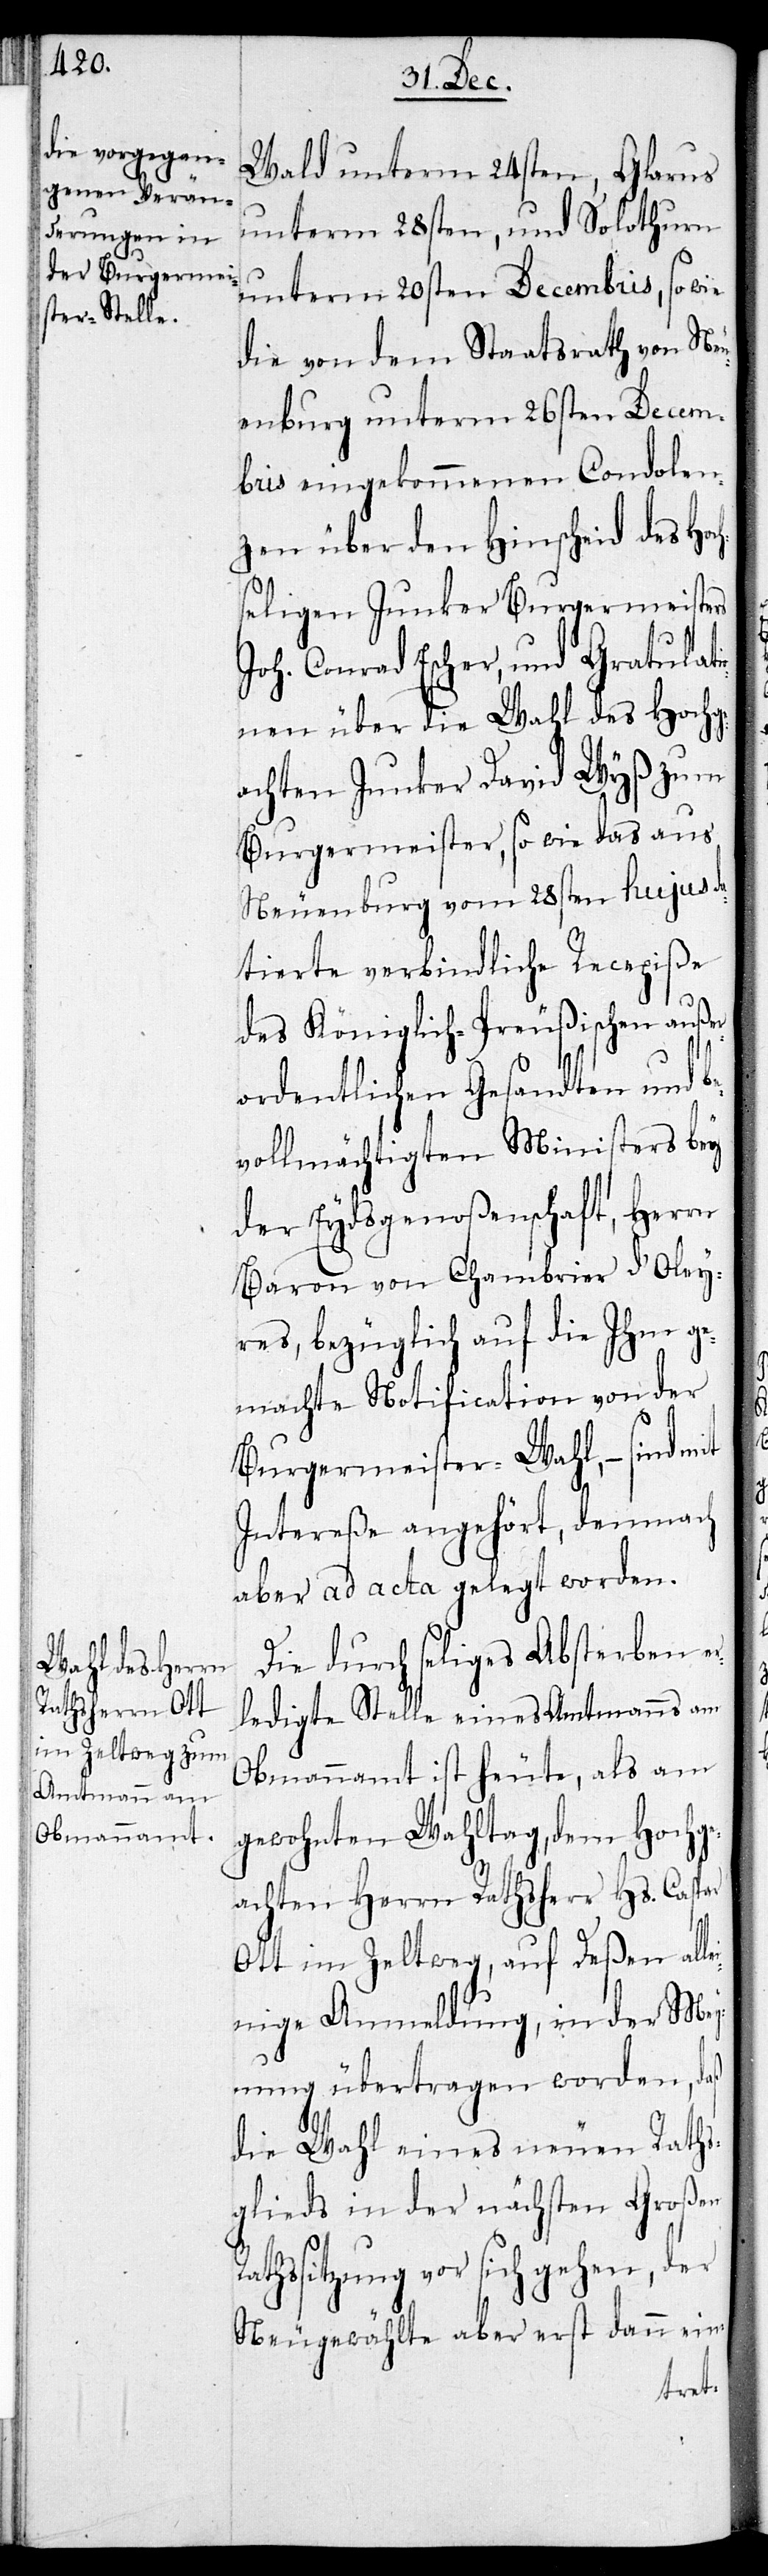
Wald unterm 24sten, Glarus
unterm 28sten, und Solothurn
unterm 20sten Decembris, so wie
die von dem Staatsrath von Neu¬
enburg unterm 26sten Decem¬
bris eingekommenen Condolen¬
zen über den Hinscheid des Hoc¬
hseligen Junker Burgermeisters
Joh. Conrad Escher, und Gratulat¬
ionen über die Wahl des Hochge¬
achten Junker David Wyß zum
Burgermeister, so wie das aus
Neuenburg vom 28sten hujus da¬
tierte verbindliche Recepiße
des königlich-Preußischen außer¬
ordentlichen Gesandten und b¬
evollmächtigten Ministers bey
der Eydsgenoßenschaft, Herren
Baron von Chambrier d’Oley¬
res, bezüglich auf die Ihm ge¬
machte Notification von der
Burgermeister-Wahl, – sind mit
Intereße angehört, demnach
aber ad acta gelegt worden
Die durch seligs Absterben er¬
ledigte Stelle eines Amtmannes am
Obmannamt ist heute, als am
gewohnten Wahltag, dem Hochge¬
achten Herren Rathsherr Hs. Caspar
Ott im Zeltweg, auf deßen all¬
einige Anmeldung, in der Mey¬
nung übertragen worden, daß
die Wahl eines neuen Raths¬
glieds in der nächsten Großen
hssitzung vor sich gehen, der
Neugewählte aber erst dann ein-
Rat¬